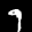
Label: 9